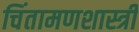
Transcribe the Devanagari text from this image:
चिंतामणशास्त्री